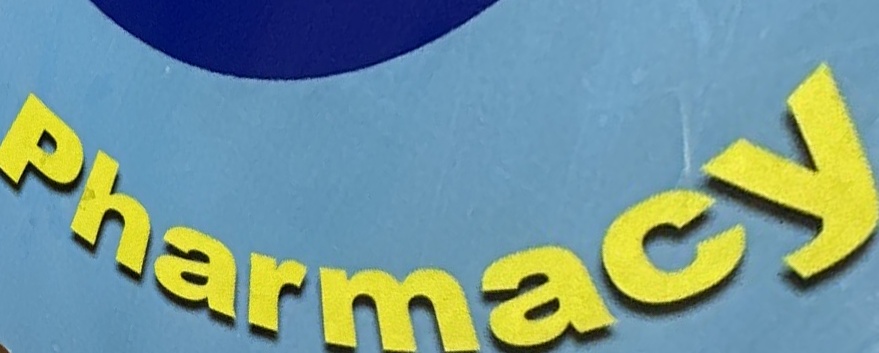
Pharmacy